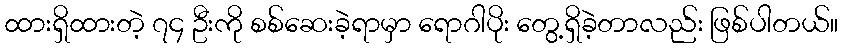
ထားရှိထားတဲ့ ၇၄ ဦးကို စစ်ဆေးခဲ့ရာမှာ ရောဂါပိုး တွေ့ရှိခဲ့တာလည်း ဖြစ်ပါတယ်။